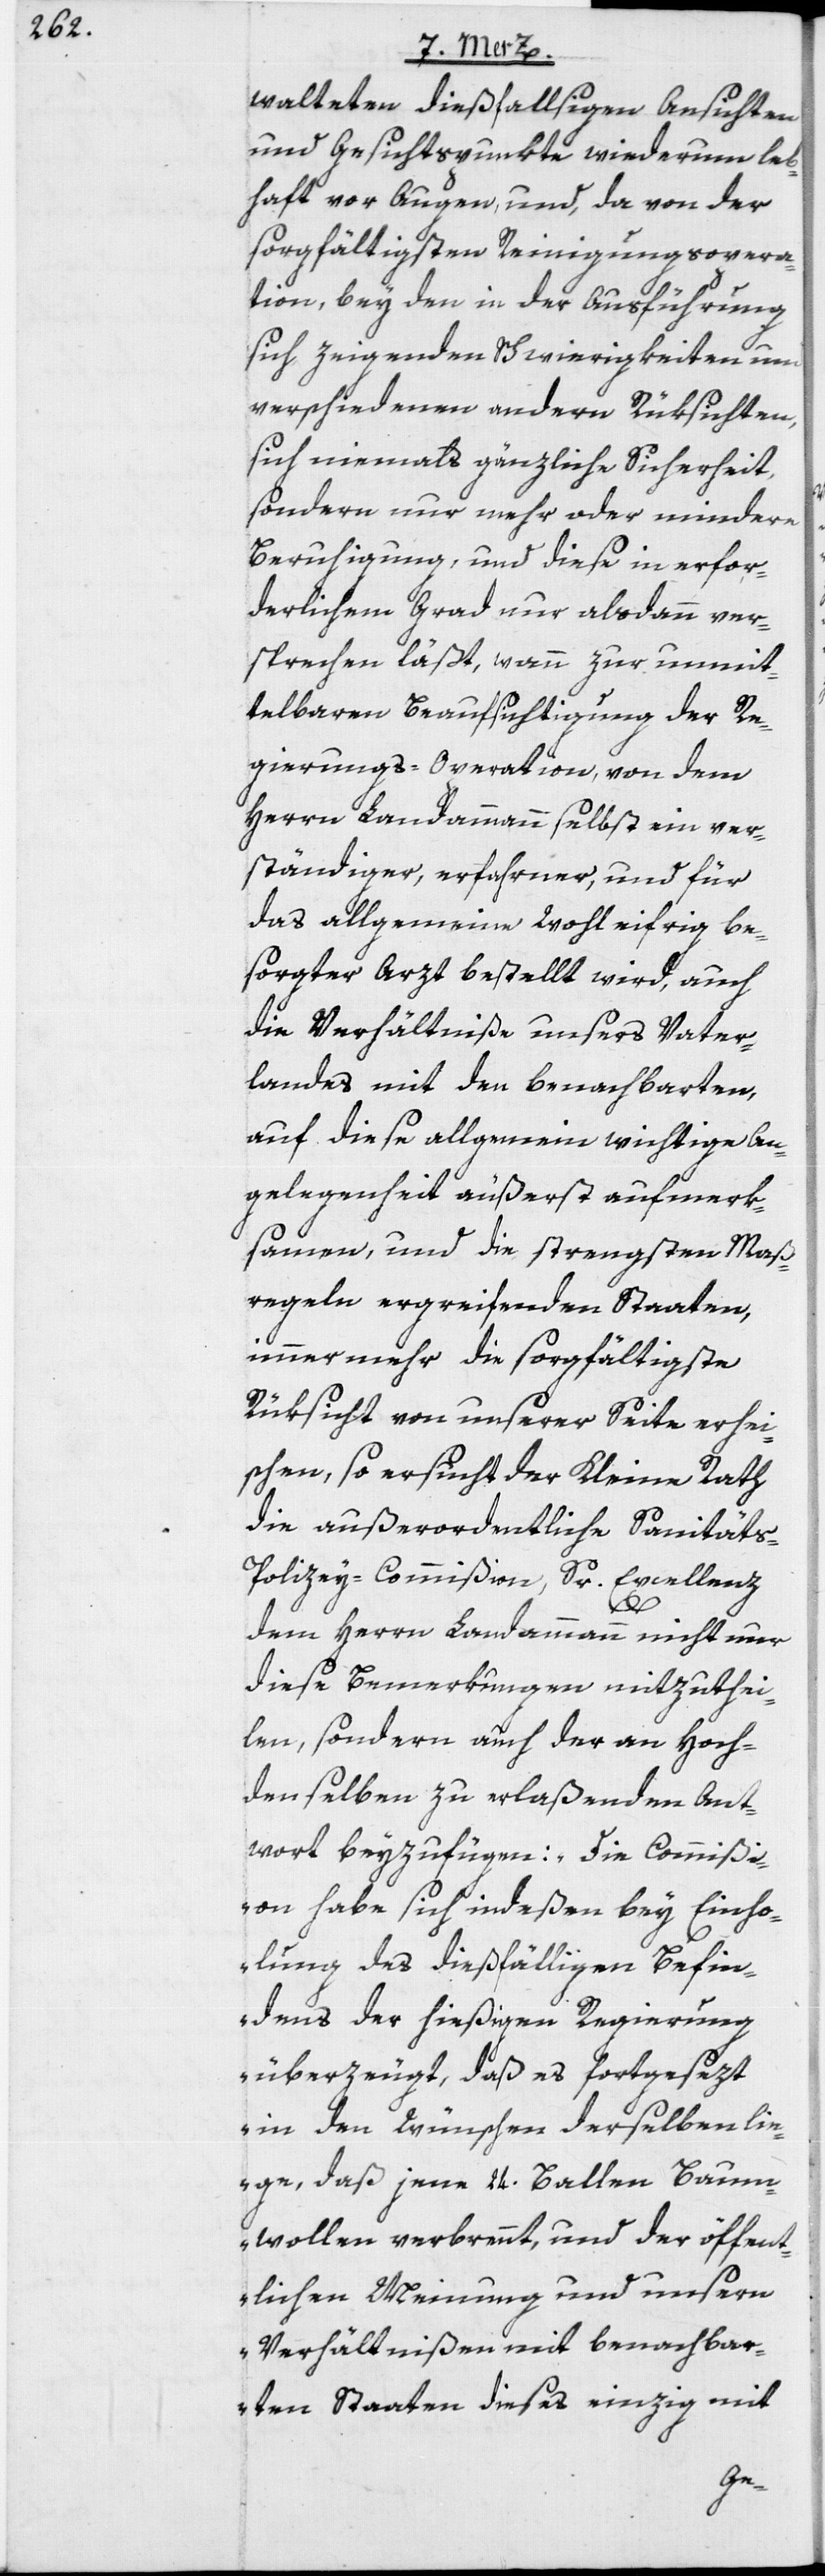
walteten dießfallsigen Ansichten
und Gesichtspunkte wiederum leb¬
haft vor Augen, und, da von der
sorgfältigsten Reinigungsopera¬
tion, bey den in der Ausführung
sich zeigenden Schwierigkeiten und
verschiedenen andern Rüksichten,
sich niemals gänzliche Sicherheit,
sondern nur mehr oder mindere
Beruhigung, und diese in erfor¬
derlichem Grad nur alsdann ver¬
sprechen läßt, wann zur unmit¬
telbaren Beaufsichtigung der Re¬
gungs-Operation], von dem
Herrn Landammann selbst ein ver¬
ständiger, erfahrner, und für
das allgemeine Wohl eifrig be¬
sorgter Arzt bestellt wird, auch
die Verhältniße unsers Vater¬
landes mit den benachbarten,
auf diese allgemein wichtige An¬
gelegenheit äußerst aufmerk¬
samen, und die strengsten Maß¬
regeln ergreifenden Staaten,
immer mehr die sorgfältigste
Rüksicht von unserer Seite erhei¬
schen, so ersucht der Kleine Rath
die außerordentliche Sanitäts-P¬
olizey-Commißion, Sr. Excellenz
Reini¬
dem Herrn Landammann nicht nur
diese Bemerkungen mitzuthei¬
len, sondern auch der an Hoch¬
denselben zu erlaßenden Ant¬
wort beyzufügen: „Die Commißi¬
on habe sich indeßen bey Einho¬
lung des dießfälligen Befin¬
dens der hießigen Regierung
überzeugt, daß es fortgesezt
in den Wünschen derselben lie¬
ge, daß jene 24. Ballen Baum¬
wollen verbrennt, und der öffent¬
lichen Meinung und unsern
Verhältnißen mit benachbar¬
ten Staaten dieses einzig mit